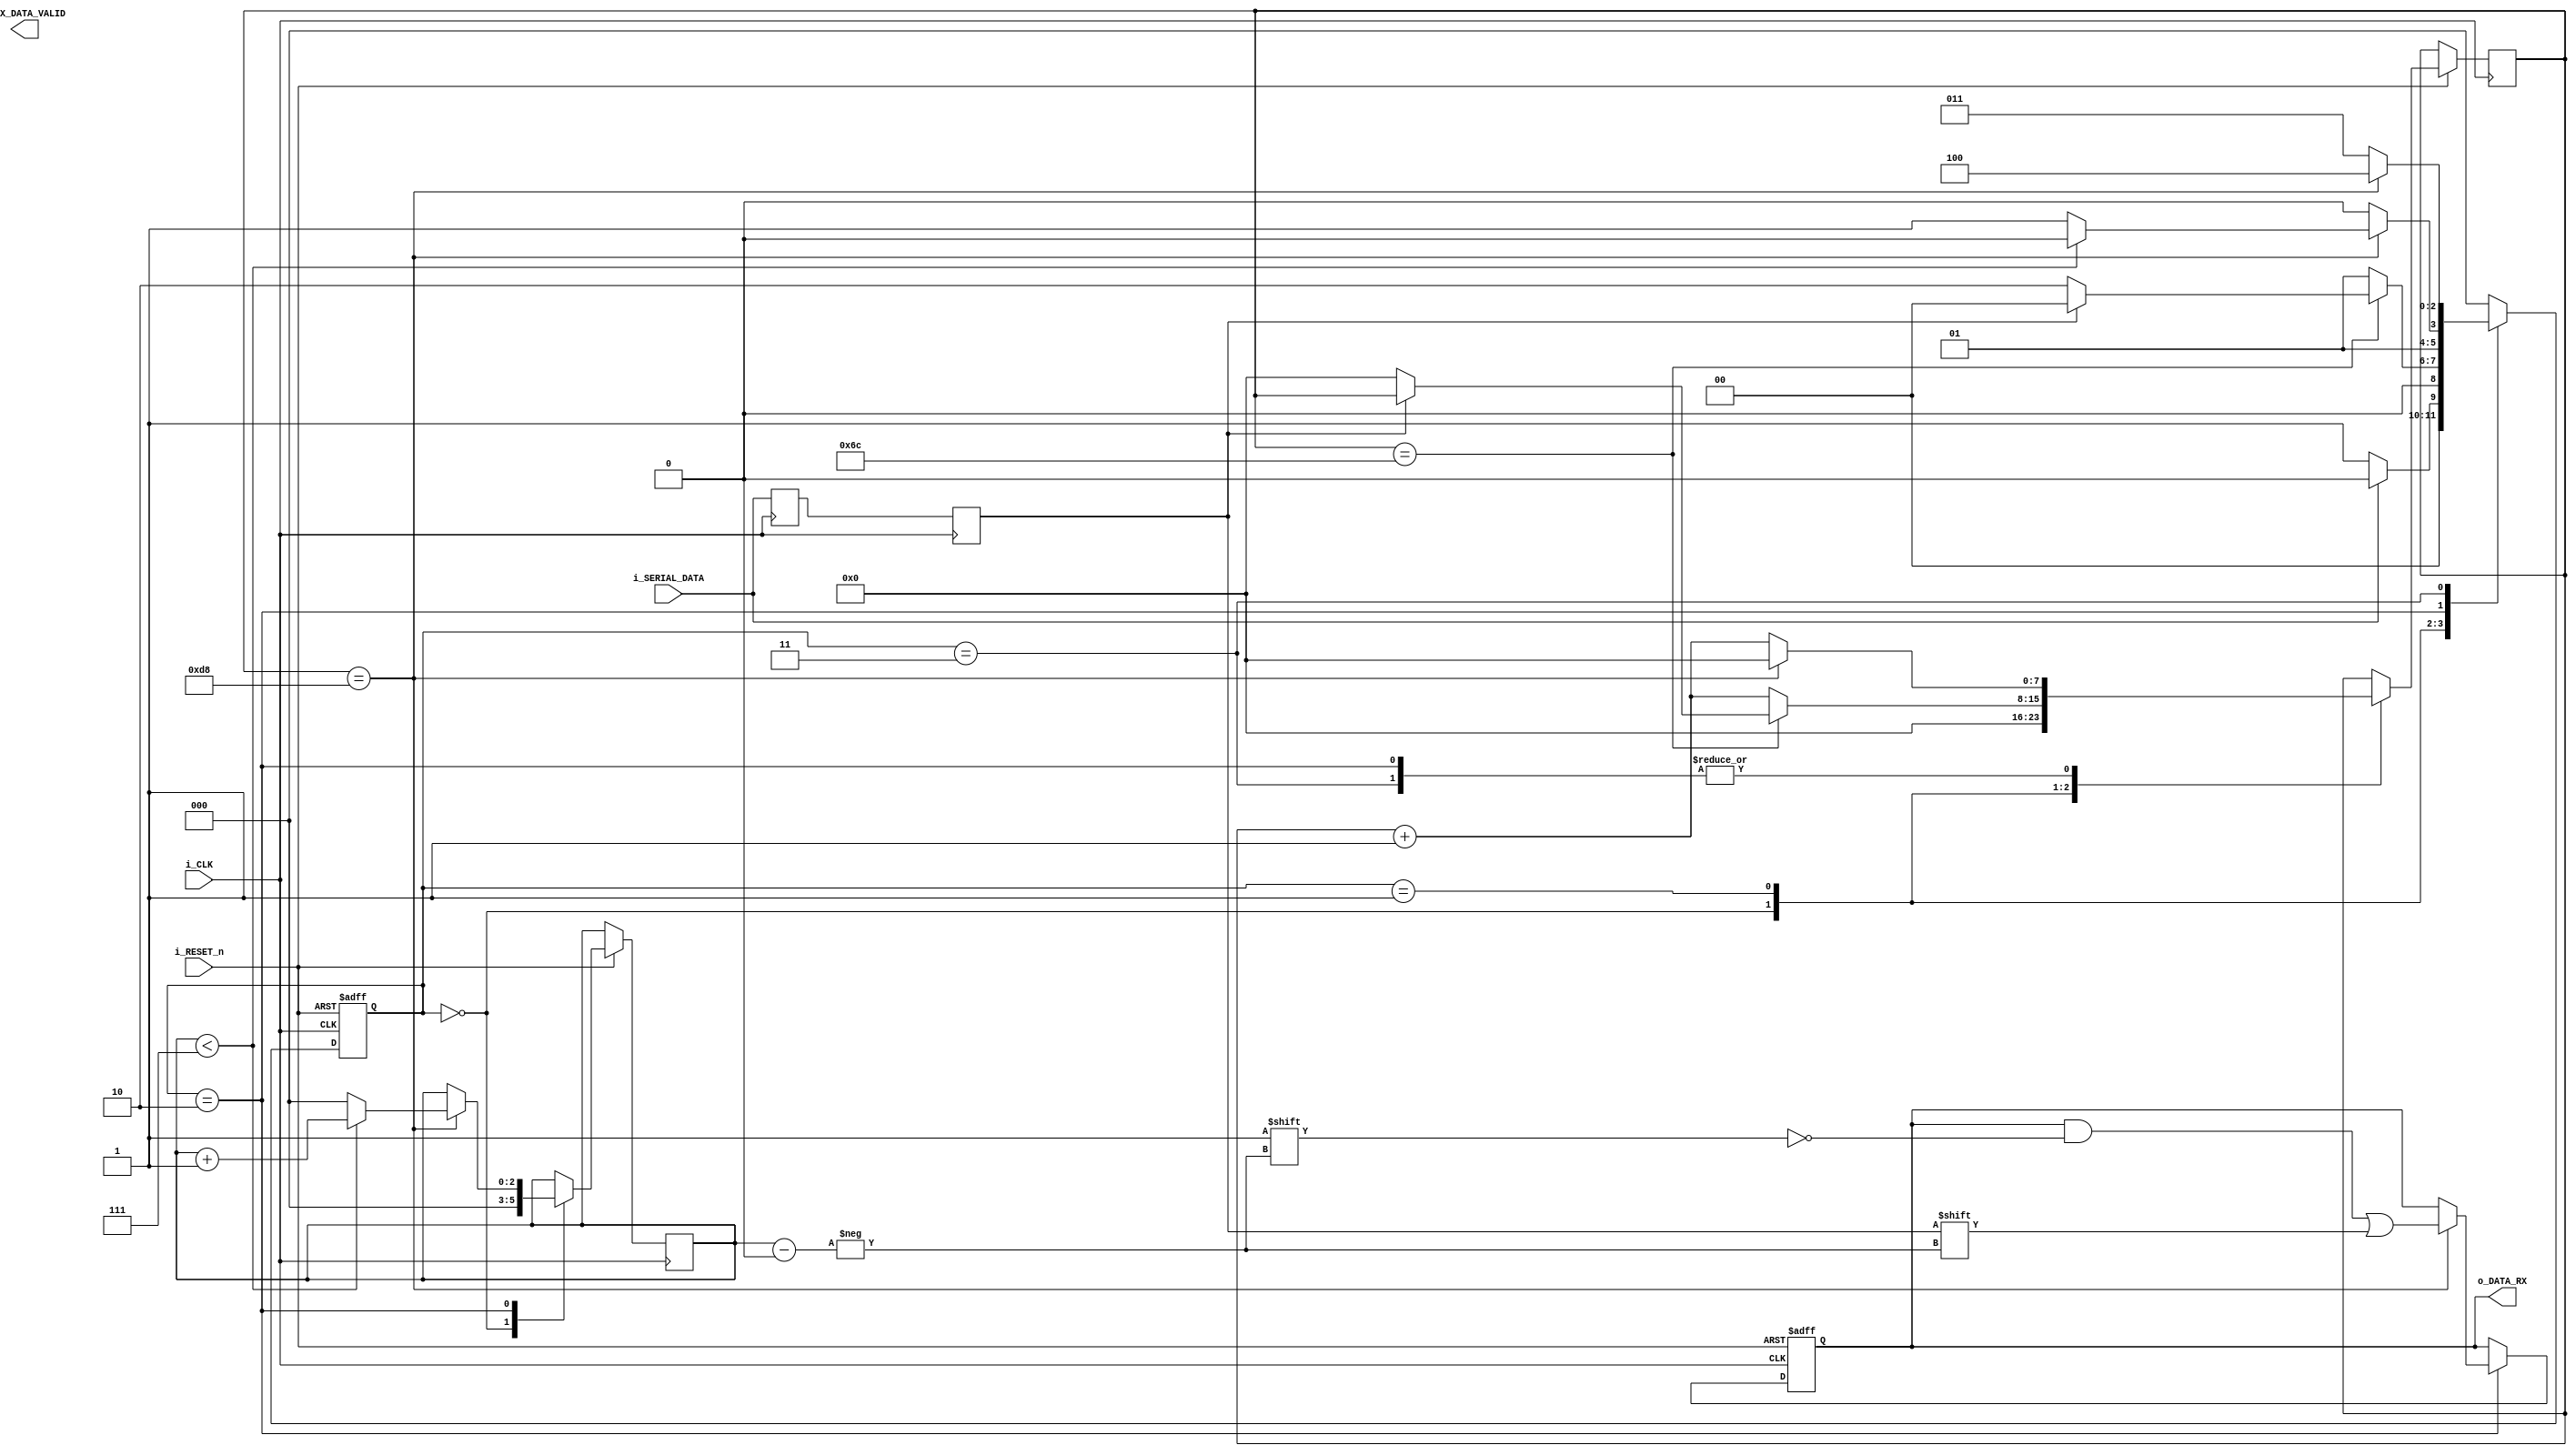
module UART_RX 
//relate clock frequency with bit rate
//how many clock pulses are generated per bit transmitted
//25 MHz, and baud rate of 115200 => 25 000 000 / 115200 =  217 cycles/bit
//for some reason 434 cycles break the machine so for now a PLL of 25 MHz should be made

//UART_RX takes in Serial data and outputs parallel data
# (parameter c_CYCLES_PER_BIT = 217)
(
	input i_CLK,
	input i_RESET_n,
	input i_SERIAL_DATA,
	output reg o_RX_DATA_VALID,
	output reg [7:0] o_DATA_RX
	//tells the module upstream that the data inside of the byte is actually valid
	//the upstream module will not look at the byte until it has seen a pulse from here
	
);

reg [2:0] r_STATE  = 3'b000;
reg [7:0] r_COUNTER = 0;
reg [2:0] r_BIT_INDEX = 0;
//reg r_RX_DV = 1'b0;
//reg [7:0] r_DATA_RX = 0;

/******************************
- synchronisation variables
- prevent metastability
- RX_DATA_I - intermediate
- RX_DATA_S - synchronized
*******************************/
reg r_RX_DATA_I, r_RX_DATA_S;

/******************************
	STATES
*******************************/
localparam s_IDLE = 3'b000;
localparam s_START = 3'b001;
localparam s_DATA = 3'b010;
localparam s_END = 3'b011;
localparam s_TRANSITION = 3'b100;


localparam c_HIGH = 1'b1;
localparam c_LOW = 1'b0;
//enable generator to turn 50 MHz to 25MHz
localparam c_25MHz = 2;


//double register to synchronize inputs and avoid metastability
always @ (posedge i_CLK)
	begin
		r_RX_DATA_I <= i_SERIAL_DATA;
		r_RX_DATA_S <= r_RX_DATA_I;
	end
	
//reset 

	
//FSM
always @(posedge i_CLK or negedge i_RESET_n)
	begin
	if (i_RESET_n == 0) begin
		r_STATE <= s_IDLE;
		o_DATA_RX <= 0;
	end 
	else begin
		case (r_STATE) 
		//default state
		s_IDLE:
			begin
				//default assignment
				o_RX_DV <= c_LOW; 
				r_COUNTER <= 0;
				r_BIT_INDEX <= 0;
				
				if (i_SERIAL_DATA == c_LOW) begin
					r_STATE <= s_START;
				end else begin
					r_STATE <= s_IDLE;
				end
					
			end
		s_START:
			begin
				if (r_COUNTER == ((c_CYCLES_PER_BIT - 1)/2) ) begin
					//in the middle of the start bit
					if (r_RX_DATA_S == c_LOW) begin
						r_STATE <= s_DATA;
						r_COUNTER <= 0;
					end else begin
						r_STATE <= s_IDLE;
					end
				end else begin
					r_COUNTER <= r_COUNTER + 1;
					r_STATE <= s_START;
				end
			end
			
		s_DATA:
			begin
					//samples at the middle of the bit to avoid hold time metastability
					if (r_COUNTER == (c_CYCLES_PER_BIT - 1)) begin
					
					//assign synchronised value to receiver data
						o_DATA_RX [r_BIT_INDEX] <= r_RX_DATA_S;
						r_COUNTER <= 0;
					
						if (r_BIT_INDEX < 7) begin
							r_BIT_INDEX <= r_BIT_INDEX + 1;
							r_STATE <=  s_DATA;
						end else begin
							r_BIT_INDEX <= 0;
							r_STATE <= s_END;
						end						
					end else begin
							r_COUNTER <= r_COUNTER + 1;
							r_STATE <= s_DATA;	
					end
					
				
					/*if (r_COUNTER < (c_CYCLES_PER_BIT - 1)) begin
						r_COUNTER <= r_COUNTER + 1;
						r_STATE <= s_DATA;		
					end else begin		
						r_DATA_RX [r_BIT_INDEX] <= i_SERIAL_DATA;
						r_COUNTER <= 0;
					
						if (r_BIT_INDEX < 7) begin
							r_BIT_INDEX <= r_BIT_INDEX + 1;
							r_STATE <=  s_DATA;
						end else begin
							r_BIT_INDEX <= 0;
							r_STATE <= s_END;
						end			
					end
					*/
			end
			
		s_END:
			begin
			
				//wait out the whole bit cycle for the stop bit to finish
				//still sample at the half bit
				if (r_COUNTER == (c_CYCLES_PER_BIT - 1)) begin
					o_RX_DV <= c_HIGH; //data is valid and can now be sent
					r_COUNTER <= 0;
					r_STATE <= s_TRANSITION;
				end else begin
					r_COUNTER <= r_COUNTER + 1;
					r_STATE <= s_END;
				end

		/*	
					if (r_COUNTER < (c_CYCLES_PER_BIT - 1)) begin
						r_COUNTER <= r_COUNTER + 1;
						r_STATE <= s_END;	
					end else begin		
						r_RX_DV <= 1'b1;
						r_COUNTER <= 0;
						r_STATE <= s_TRANSITION;
					end	
			*/		
				end
			
		s_TRANSITION:
			begin
				//wait for one clock cycle before continuing
				o_RX_DV <= c_LOW;
				r_STATE <= s_IDLE;
			end
			
		default : r_STATE <= s_IDLE;
			
		
		endcase
		end //i_RESET
	end //FSM
	
//assign o_DATA_RX = r_DATA_RX;
//assign o_RX_DATA_VALID = r_RX_DV;

endmodule